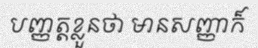
បញ្ញត្តខ្លួនថា មានសញ្ញាក៏